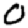
Digit: 0